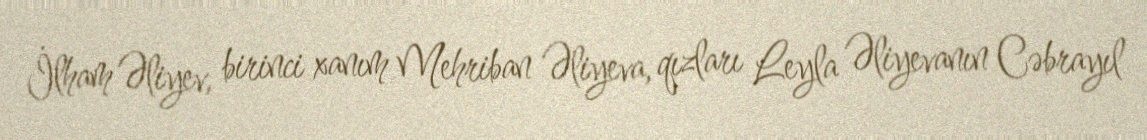
İlham Əliyev, birinci xanım Mehriban Əliyeva, qızları Leyla Əliyevanın Cəbrayıl